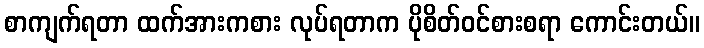
စာကျက်ရတာ ထက်အားကစား လုပ်ရတာက ပိုစိတ်ဝင်စားစရာ ကောင်းတယ်။